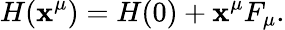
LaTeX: H(\mathbf{x}^{\mu})=H(0)+\mathbf{x}^{\mu}F_{\mu}.